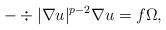
LaTeX: \begin{align*}-\div{\lvert \nabla u \rvert^{p-2} \nabla u} = f \Omega, \end{align*}